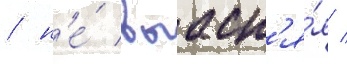
/ н'е́ выасн'я́я /